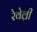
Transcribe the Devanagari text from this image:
रेवेल्री